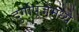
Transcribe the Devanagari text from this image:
दुर्गापूजेमध्ये